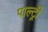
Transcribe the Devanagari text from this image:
पाल्ट्री